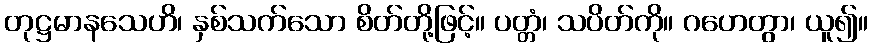
တုဋ္ဌမာနသေဟိ၊ နှစ်သက်သော စိတ်တို့ဖြင့်။ ပတ္တံ၊ သပိတ်ကို။ ဂဟေတွာ၊ ယူ၍။